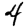
Digit: 4